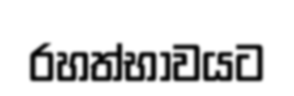
රහත්භාවයට